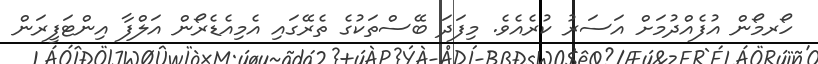
ހޯރމޯން އުފެއްދުމަށް އަސަރު ކުރެއެވެ. މިފަދަ ބޭސްތަކުގެ ތެރޭގައި އެމިއެޑެރޯން އަލްފާ އިންޓަފީރަން